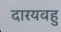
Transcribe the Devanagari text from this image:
दारयवहु